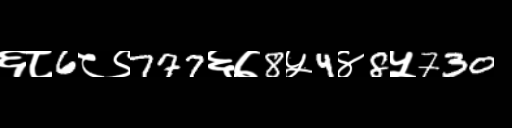
Text: ६८6८९777६७8५4४8५730